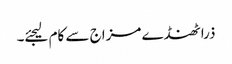
ذرا ٹھنڈے مزاج سے کام لیجئے۔